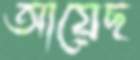
আয়েছ